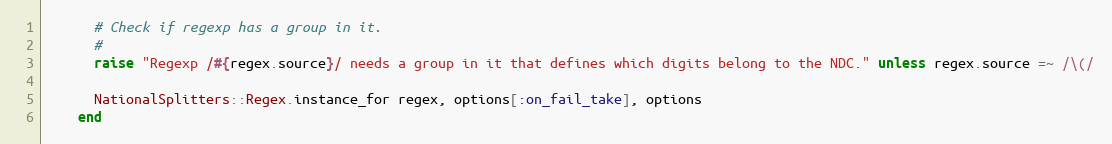
Language: Ruby
      # Check if regexp has a group in it.
      #
      raise "Regexp /#{regex.source}/ needs a group in it that defines which digits belong to the NDC." unless regex.source =~ /\(/

      NationalSplitters::Regex.instance_for regex, options[:on_fail_take], options
    end